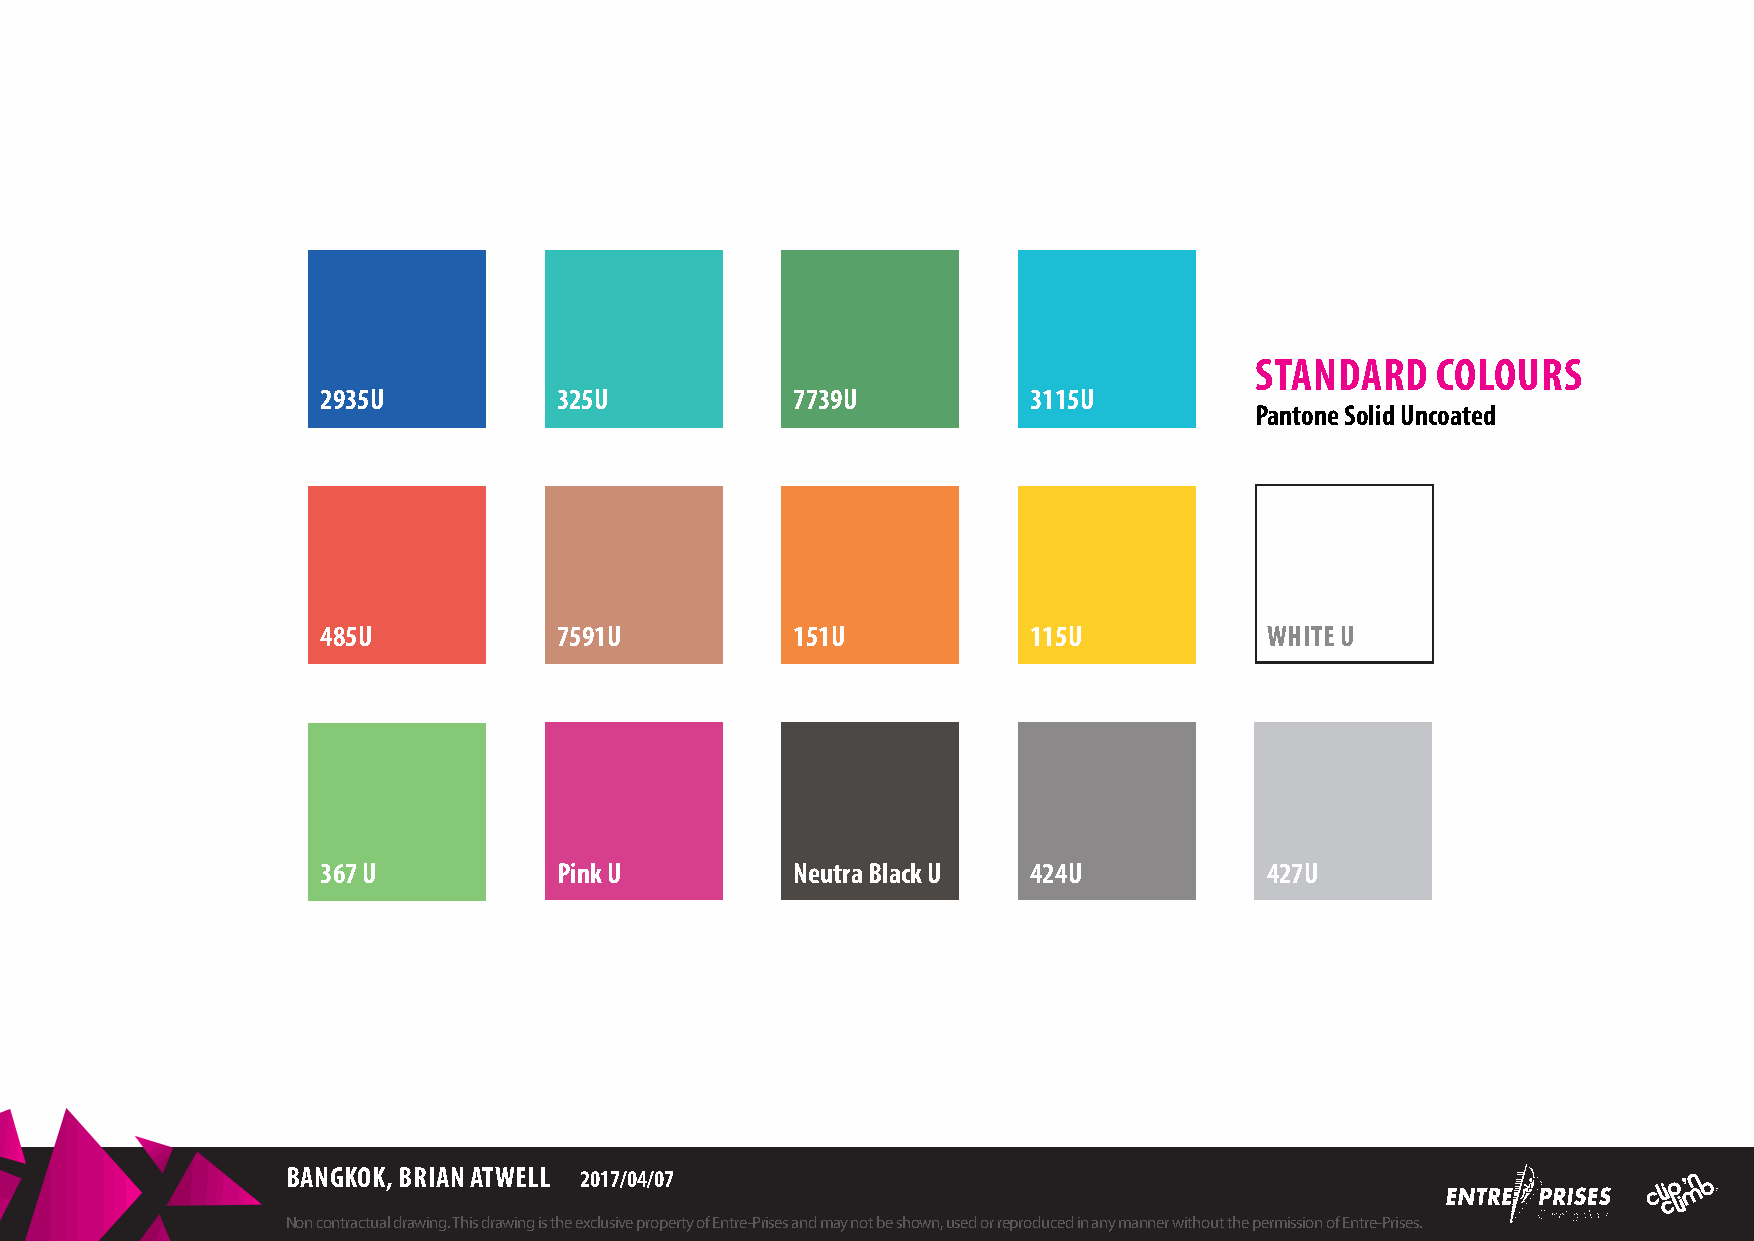
STANDARD    COLOURS
 2935U           325U            7739U          3115U
 Pantone Solid Uncoated
 485U            7591U           151U           115U            WHITE U
 367 U           Pink U          Neutra Black U 424U            427U
 BANGKOK, BRIAN ATWELL 2017/04/07
 Non contractual drawing. This drawing is the exclusive property of Entre-Prises and may not be shown, used or reproduced in any manner without the permission of Entre-Prises.